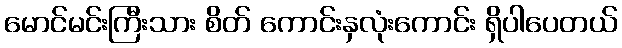
မောင်မင်းကြီးသား စိတ် ကောင်းနှလုံးကောင်း ရှိပါပေတယ်